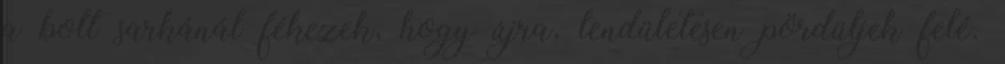
a bolt sarkánál fékezek, hogy újra, lendületesen pördüljek felé.